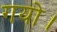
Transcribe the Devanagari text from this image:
गयो।